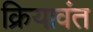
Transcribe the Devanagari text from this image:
क्रियावंत